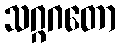
သဂ္ဂဂတော